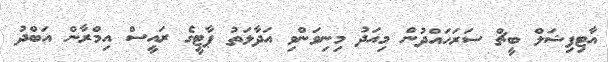
އާޓިފިޝަލް ބީޗް ސަރަަހައްދުން މިއަދު މިނިވަންވި އަދާލަތު ޕާޓީގެ ރައީސް އިމްރާން އަބްދު